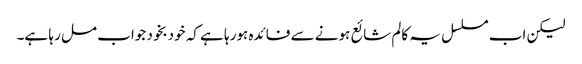
لیکن اب مسلسل یہ کالم شائع ہونے سے فائدہ ہورہا ہے کہ خودبخود جواب مل رہا ہے۔